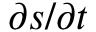
\partial s / \partial t